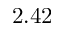
2 . 4 2